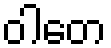
ဝါတေ